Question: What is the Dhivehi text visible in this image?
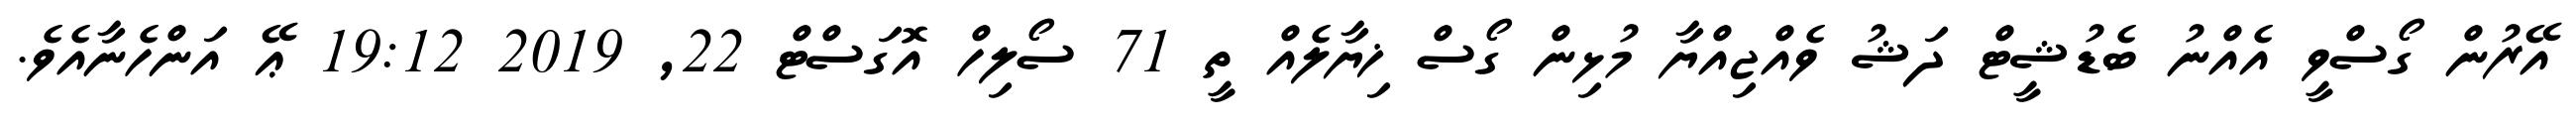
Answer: އޭރުން ގޯސްވީ އެއްނު ބެޑުޝީޓް ދަޝު ވެއްޖިއްޔާ މުޅިން ގޯސް ޚިޔާލެއް ތީ 71 ސޯލިހް އޮގަސްޓް 22, 2019 19:12 ޢޭ އަންހެނާއެވެ.